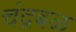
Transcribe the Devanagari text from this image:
चंद्रबळ